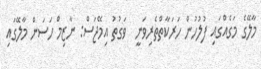
މާލޭގެ މަގެއްގައި ފުލުހުން ހަރަކާތްތެރިވަނީ  ވަގުތު އިމޭޖަސް: ނާޒިމް ހަސަން މާލޭގައި